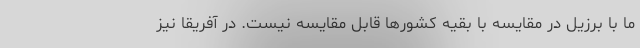
ما با برزیل در مقایسه با بقیه کشورها قابل مقایسه نیست. در آفریقا نیز